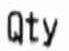
QTY